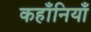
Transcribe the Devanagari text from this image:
कहाँनियाँ